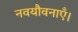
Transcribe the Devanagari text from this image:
नवयौवनाएँ।